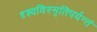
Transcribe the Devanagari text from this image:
दृश्यविस्मृतिपर्यन्तं